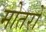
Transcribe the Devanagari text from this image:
मोतरों